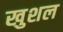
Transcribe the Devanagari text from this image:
खुशल